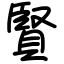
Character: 賢